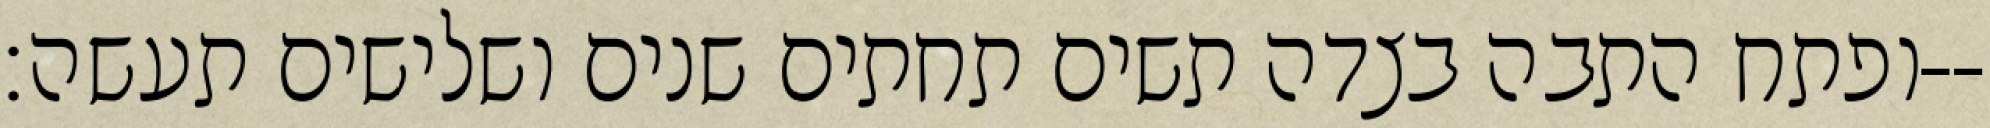
ופתח התבה בצדה תשים תחתים שנים ושלישים תעשה׃--